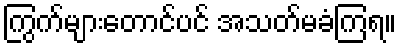
ကြွက်များတောင်ပင် အသတ်မခံကြရ။